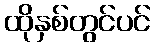
ထိုနှစ်တွင်ပင်